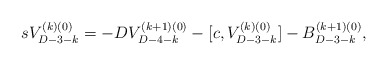
\begin{align*}sV_{D-3-k}^{(k)(0)}=-DV_{D-4-k}^{(k+1)(0)}-[c,V_{D-3-k}^{(k)(0)}]-B_{D-3-k}^{(k+1)(0)},\end{align*}